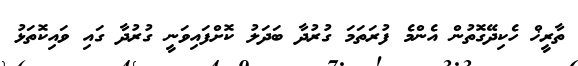
ތާރީޚް ހެކިދޭގޮތުން އެންމެ ފުރަތަމަ ގުރުދާ ބަދަލު ކޮށްފައިވަނީ ގުރުދާ ގައި ވައިކޮތަޅު